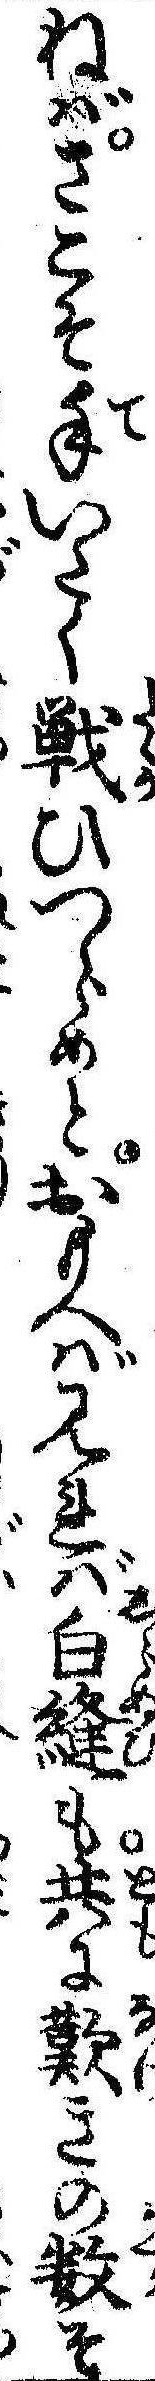
ねばさこそ手いたく戦ひつらめとおもへば見れば白縫も共に歎きの数そ